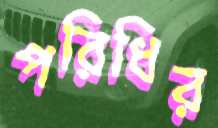
পরিধির